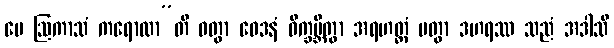
မေ ဩကာသံ ကရောထာ”တိ ဝတွာ ဝေဒနံ ဝိက္ခမ္ဘိတွာ အရဟတ္တံ ပတွာ ဒဟရဿ သညံ အဒါသိ